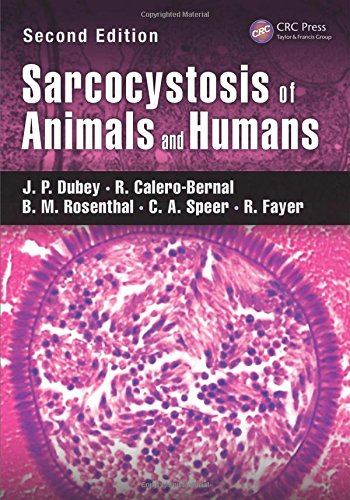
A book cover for Sarcocystosis of Animals and Humans, Second Edition; J. P. Dubey; Medical Books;